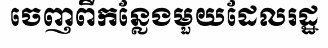
ចេញពីកន្លែងមួយដែលរដ្ឋ